画像に写った文字を読んでください
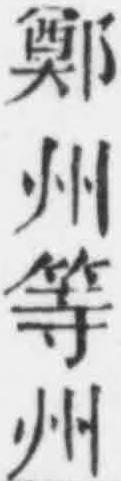
「鄭州等州」と書いてあります